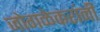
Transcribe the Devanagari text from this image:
जोगळेकरांनी